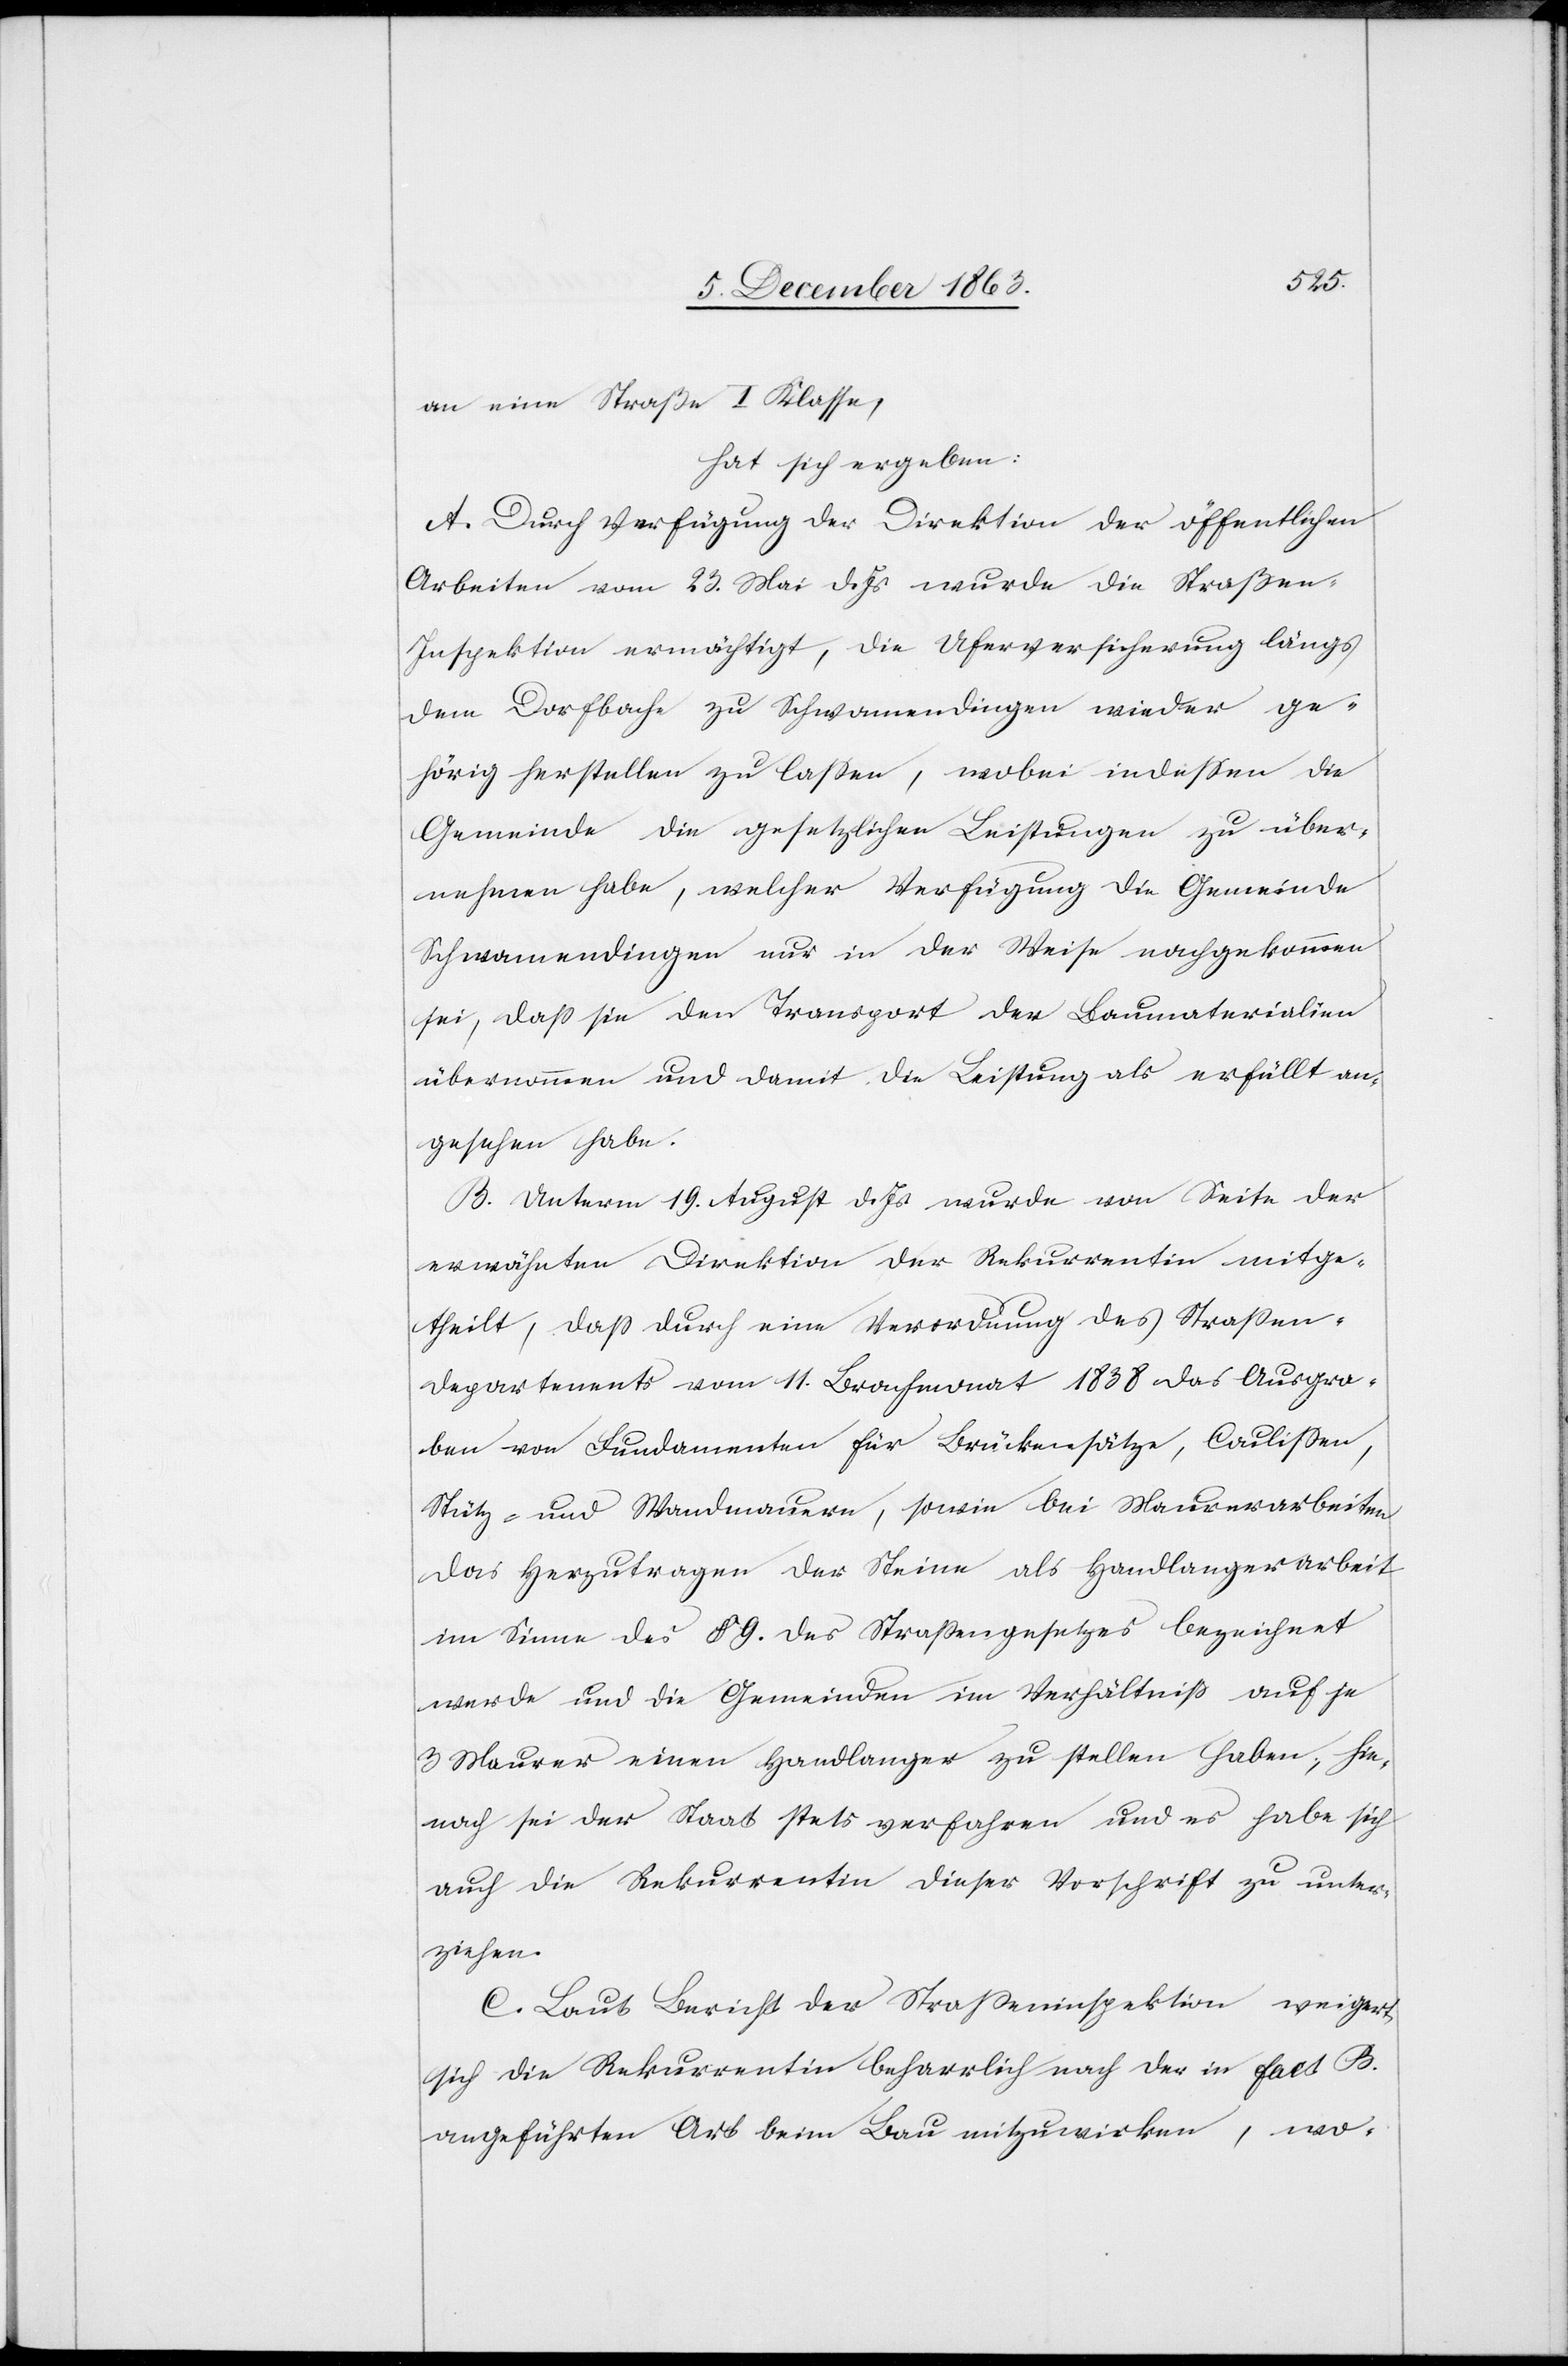
an eine Straße I Klasse,
hat sich ergeben:
A. Durch Verfügung der Direktion der öffentlichen
Arbeiten vom 23. Mai d. Js. wurde die Straße¬
n-Inspektion ermächtigt, die Uferversicherung längs
dem Dorfbache zu Schwamendingen wieder ge¬
hörig herstellen zu lassen, wobei indessen die
Gemeinde die gesetzlichen Leistungen zu über¬
nehmen habe, welcher Verfügung die Gemeinde
Schwamendingen nur in der Weise nachgekommen
sei, dass sie den Transport der Baumaterialien
übernommen und damit die Leistung als erfüllt an¬
gesehen habe.
B. Unterm 19. August d. Js. wurde von Seite der
erwähnten Direktion der Rekurrentin mitge¬
theilt, dass durch eine Verordnung des Strassen¬
departements vom 11. Brachmonat 1838 das Ausgra¬
ben von Fundamenten für Brückensätze, Coulissen,
Stütz- und Wandmauern, sowie bei Maurerarbeiten
das Herzutragen der Steine als Handlangerarbeit
im Sinne des § 9. des Strassengesetzes bezeichnet
werde und die Gemeinden im Verhältniß auf je
3 Maurer einen Handlanger zu stellen haben, hie¬
nach sei der Staat stets verfahren und es habe sich
auch die Rekurrentin dieser Vorschrift zu unter¬
ziehen.
C. Laut Bericht der Strasseninspektion weigert
sich die Rekurrentin beharrlich nach der in Fact B.
angeführten Art beim Bau mitzuwirken, wo-